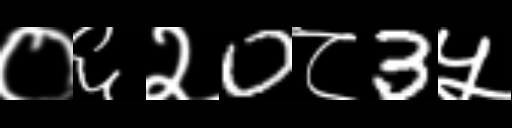
Text: ०६२0८3५